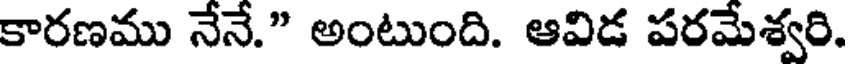
కారణము నేనే." అంటుంది. ఆవిడ పరమేశ్వరి.